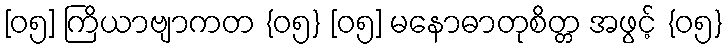
[၀၅] ကြိယာဗျာကတ {၀၅} [၀၅] မနောဓာတုစိတ္တ အဖွင့် {၀၅}